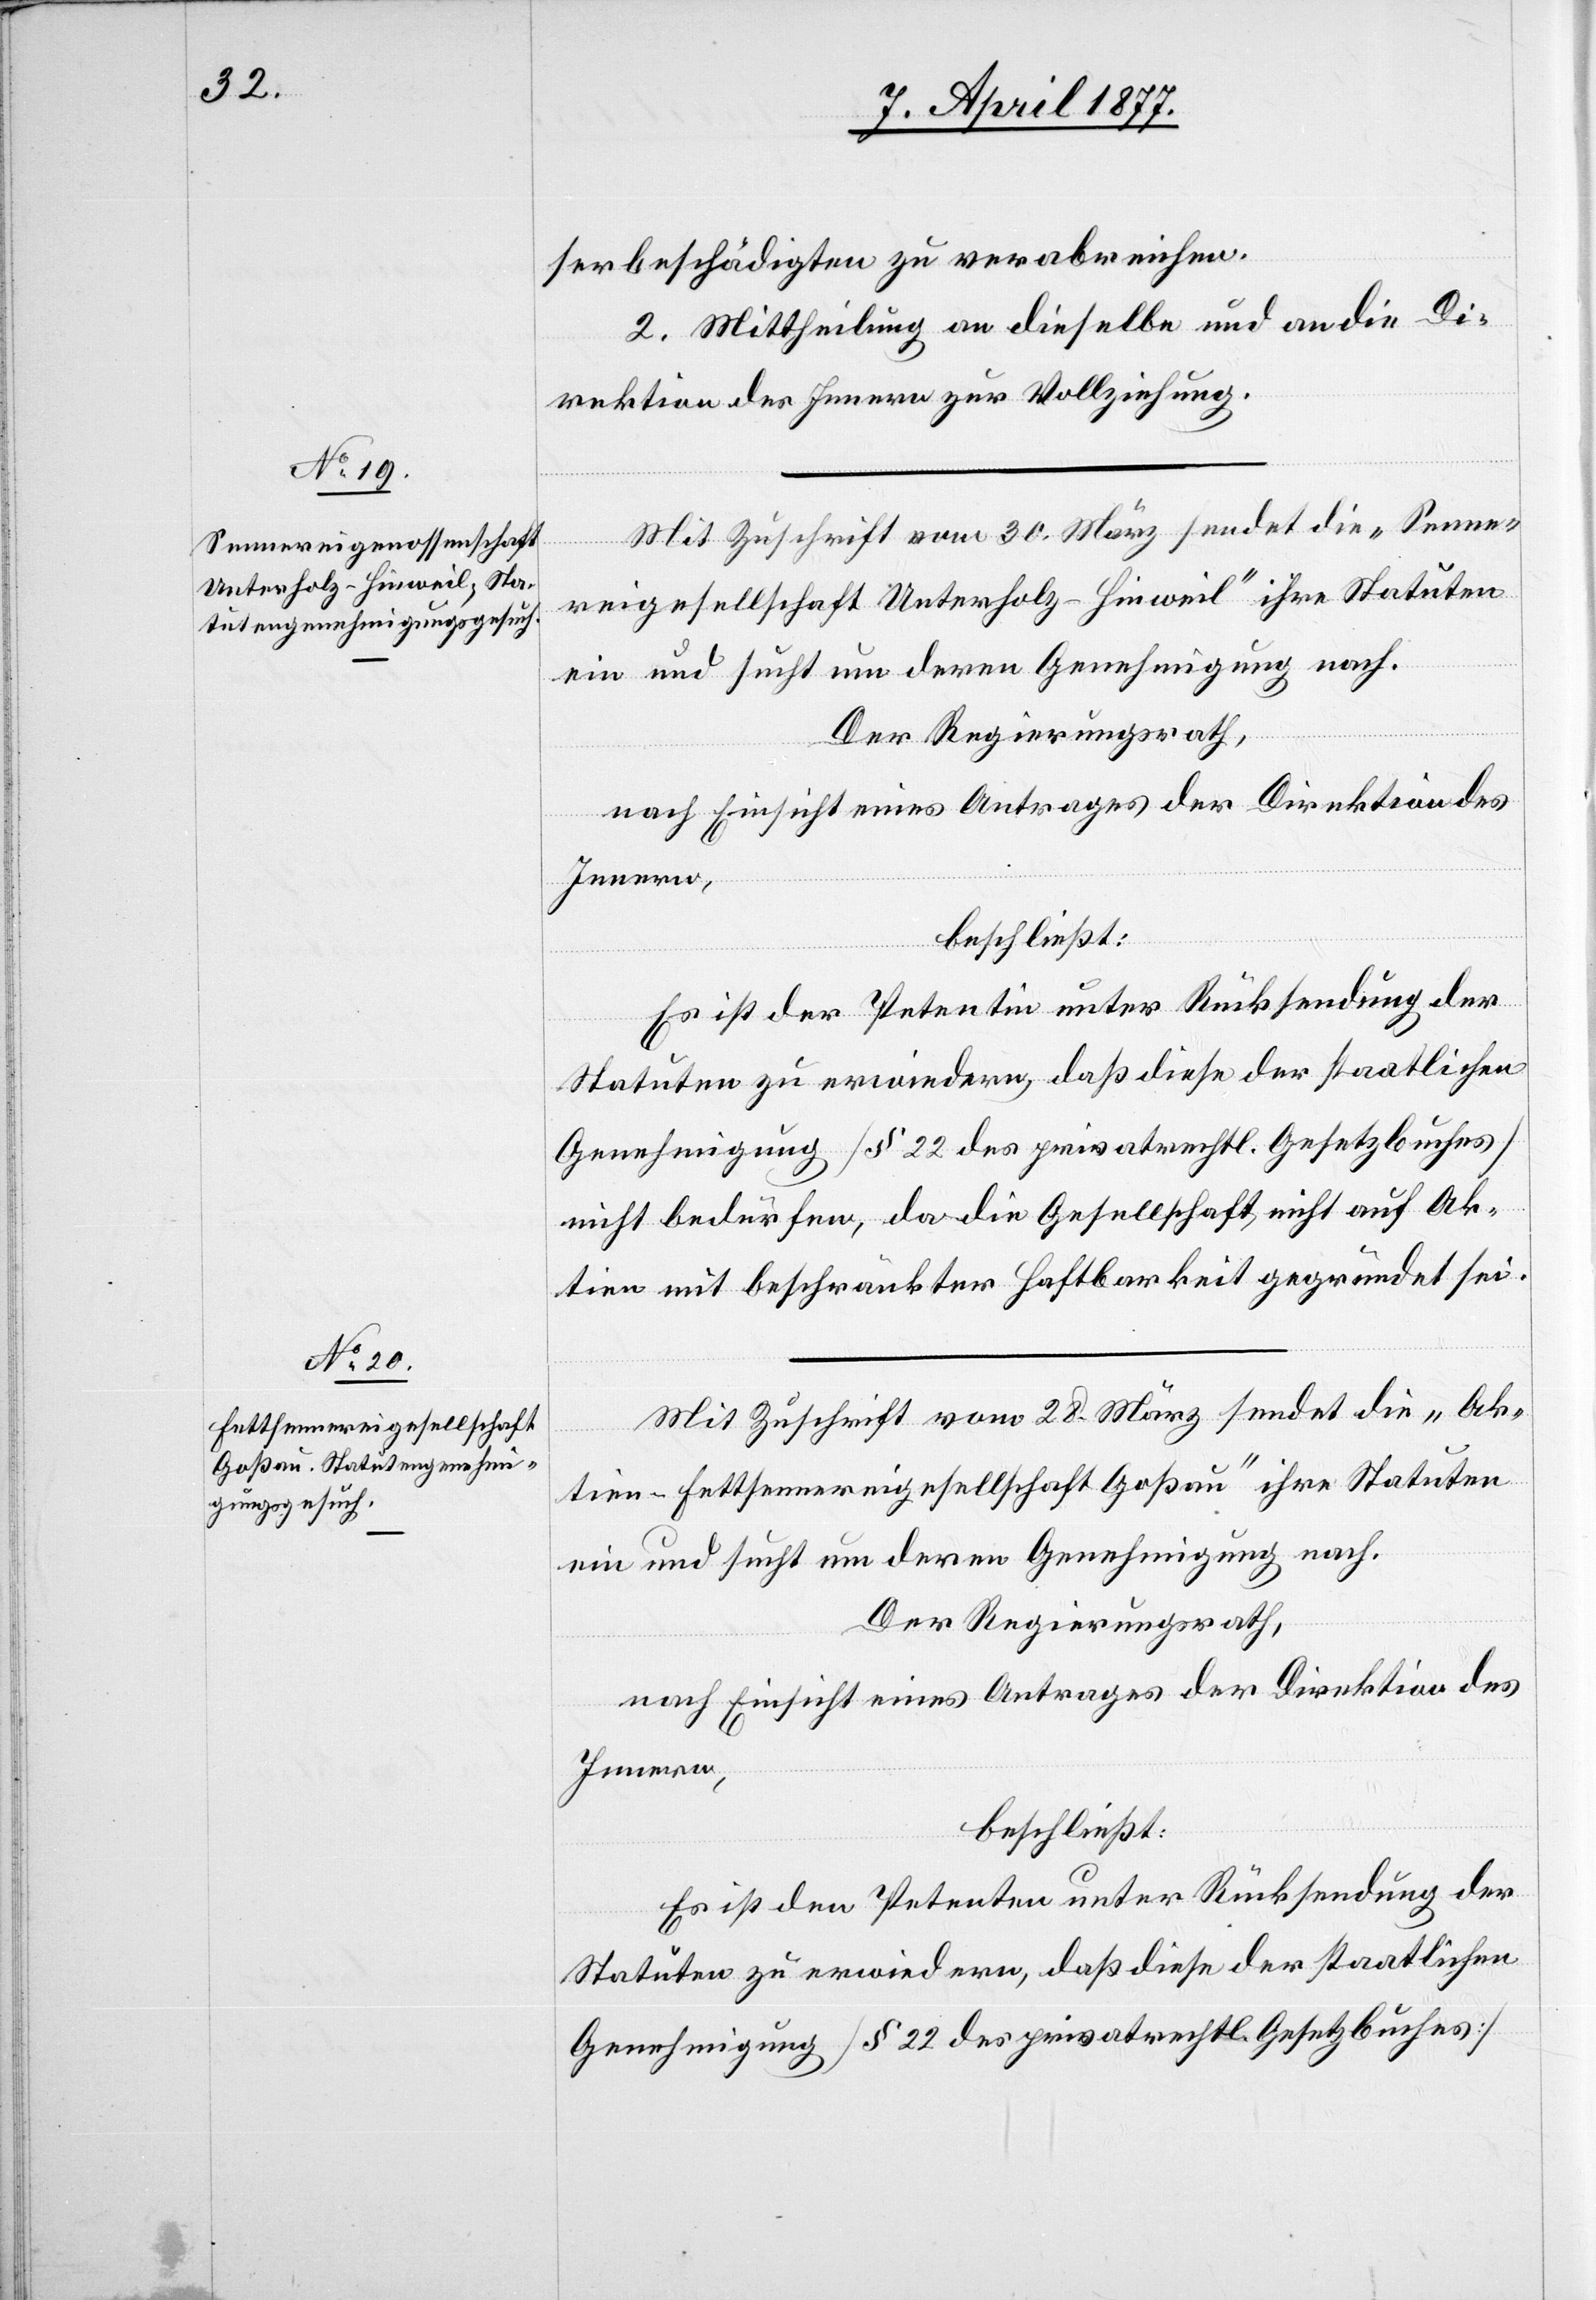
serbeschädigten zu verabreichen.
2. Mittheilung an dieselbe und an die Di¬
rektion des Innern zur Vollziehung.
Mit Zuschrift vom 30. März sendet die „Senne¬
reigesellschaft Unterholz - Hinweil“ ihre Statuten
ein und sucht um deren Genehmigung nach.
Der Regierungsrath,
nach Einsicht eines Antrages der Direktion des
Innern,
beschließt:
Es ist der Petentin unter Rücksendung der
Statuten zu erwiedern, daß diese der staatlichen
Genehmigung [§ 22 des privatrechtl. Gesetzbuches]
nicht bedürfen, da die Gesellschaft nicht auf Ak¬
tien mit beschränkter Haftbarkeit gegründet sei.
Mit Zuschrift vom 28. März sendet die „Ak¬
tien-Fettsennereigesellschaft Goßau“ ihre Statuten
ein und sucht um deren Genehmigung nach.
Der Regierungsrath,
nach Einsicht eines Antrages der Direktion des
Innern,
beschließt:
Es ist den Petenten unter Rücksendung der
Statuten zu erwiedern, daß diese der staatlichen
Genehmigung [§ 22 des privatrechtl. Gesetzbuches]